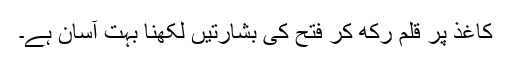
کاغذ پر قلم رکھ کر فتح کی بشارتیں لکھنا بہت آسان ہے۔